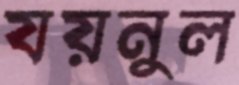
যয়নুল